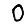
Digit: 0